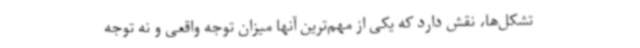
تشکل‌ها، نقش دارد که یکی از مهم‌ترین آنها میزان توجه واقعی و نه توجه